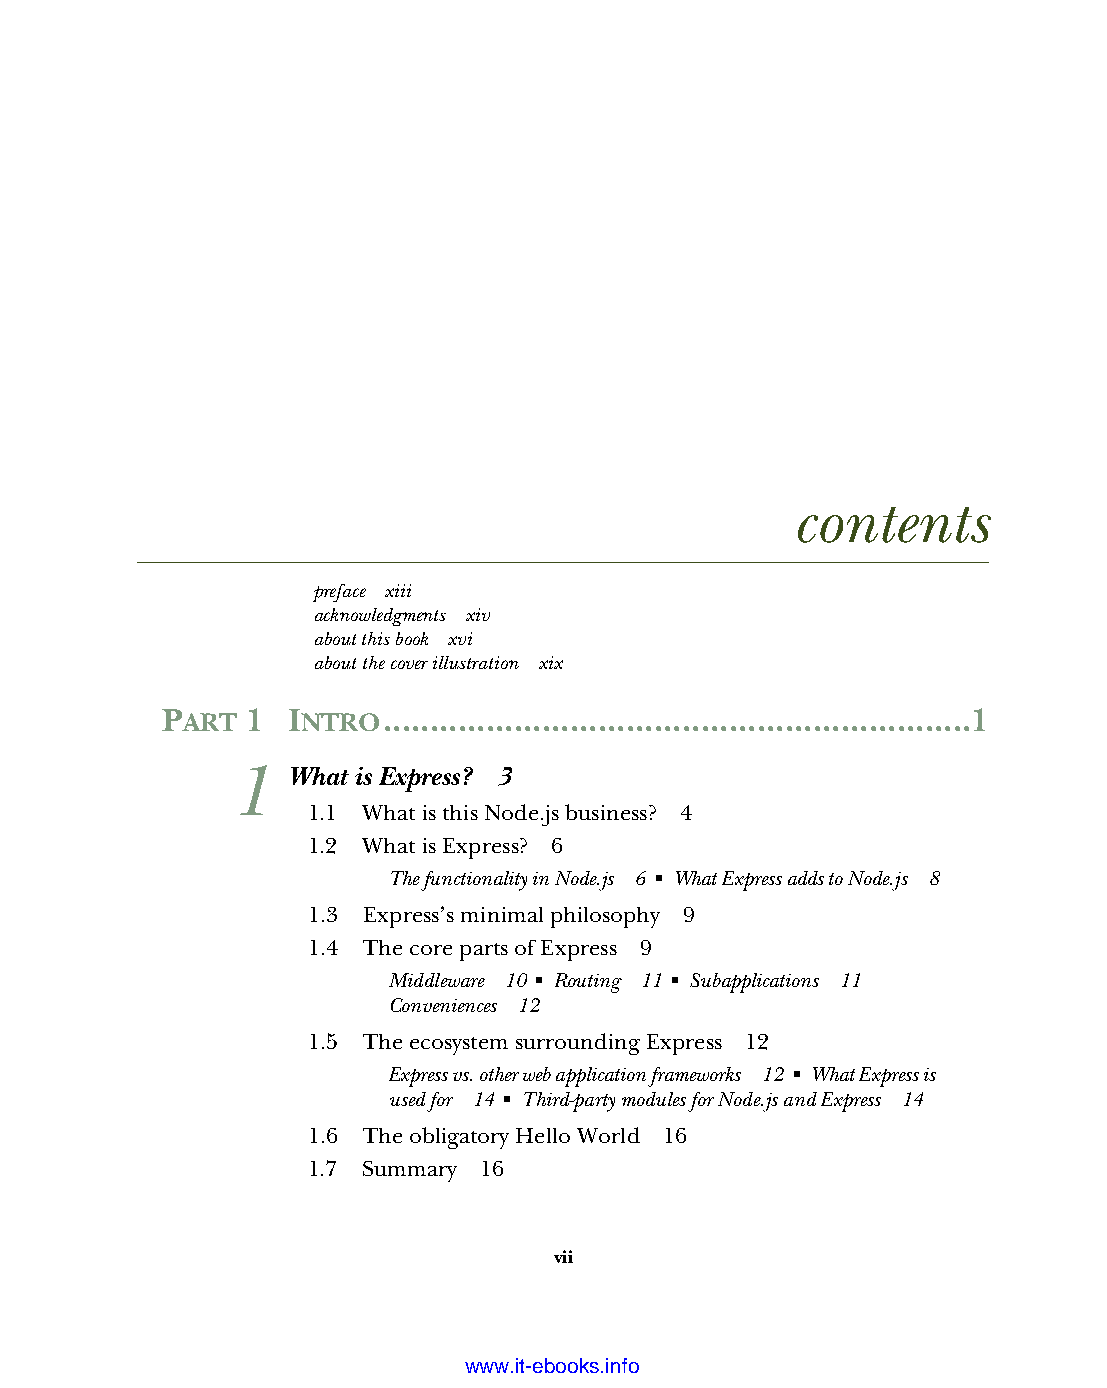
contents
 preface xiii
 acknowledgments xiv
 about this book xvi
 about the cover illustration xix
 PART 1  INTRO...............................................................1
 1   What is Express? 3
 1.1 What is this Node.js business? 4
 1.2 What is Express? 6
 The functionality in Node.js 6 ■ What Express adds to Node.js 8
 1.3 Express’s minimal philosophy 9
 1.4 The core parts of Express 9
 Middleware 10 ■ Routing 11 ■ Subapplications 11
 Conveniences 12
 1.5 The ecosystem surrounding Express 12
 Express vs. other web application frameworks 12 ■ What Express is
 used for 14 ■ Third-party modules for Node.js and Express 14
 1.6 The obligatory Hello World 16
 1.7 Summary 16
 vii
 Licensed wtow w <.mit-ielebro.8o8k8s@.ingfomail.com>